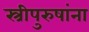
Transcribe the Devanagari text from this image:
स्त्रीपुरुषांना